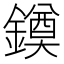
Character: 䥖